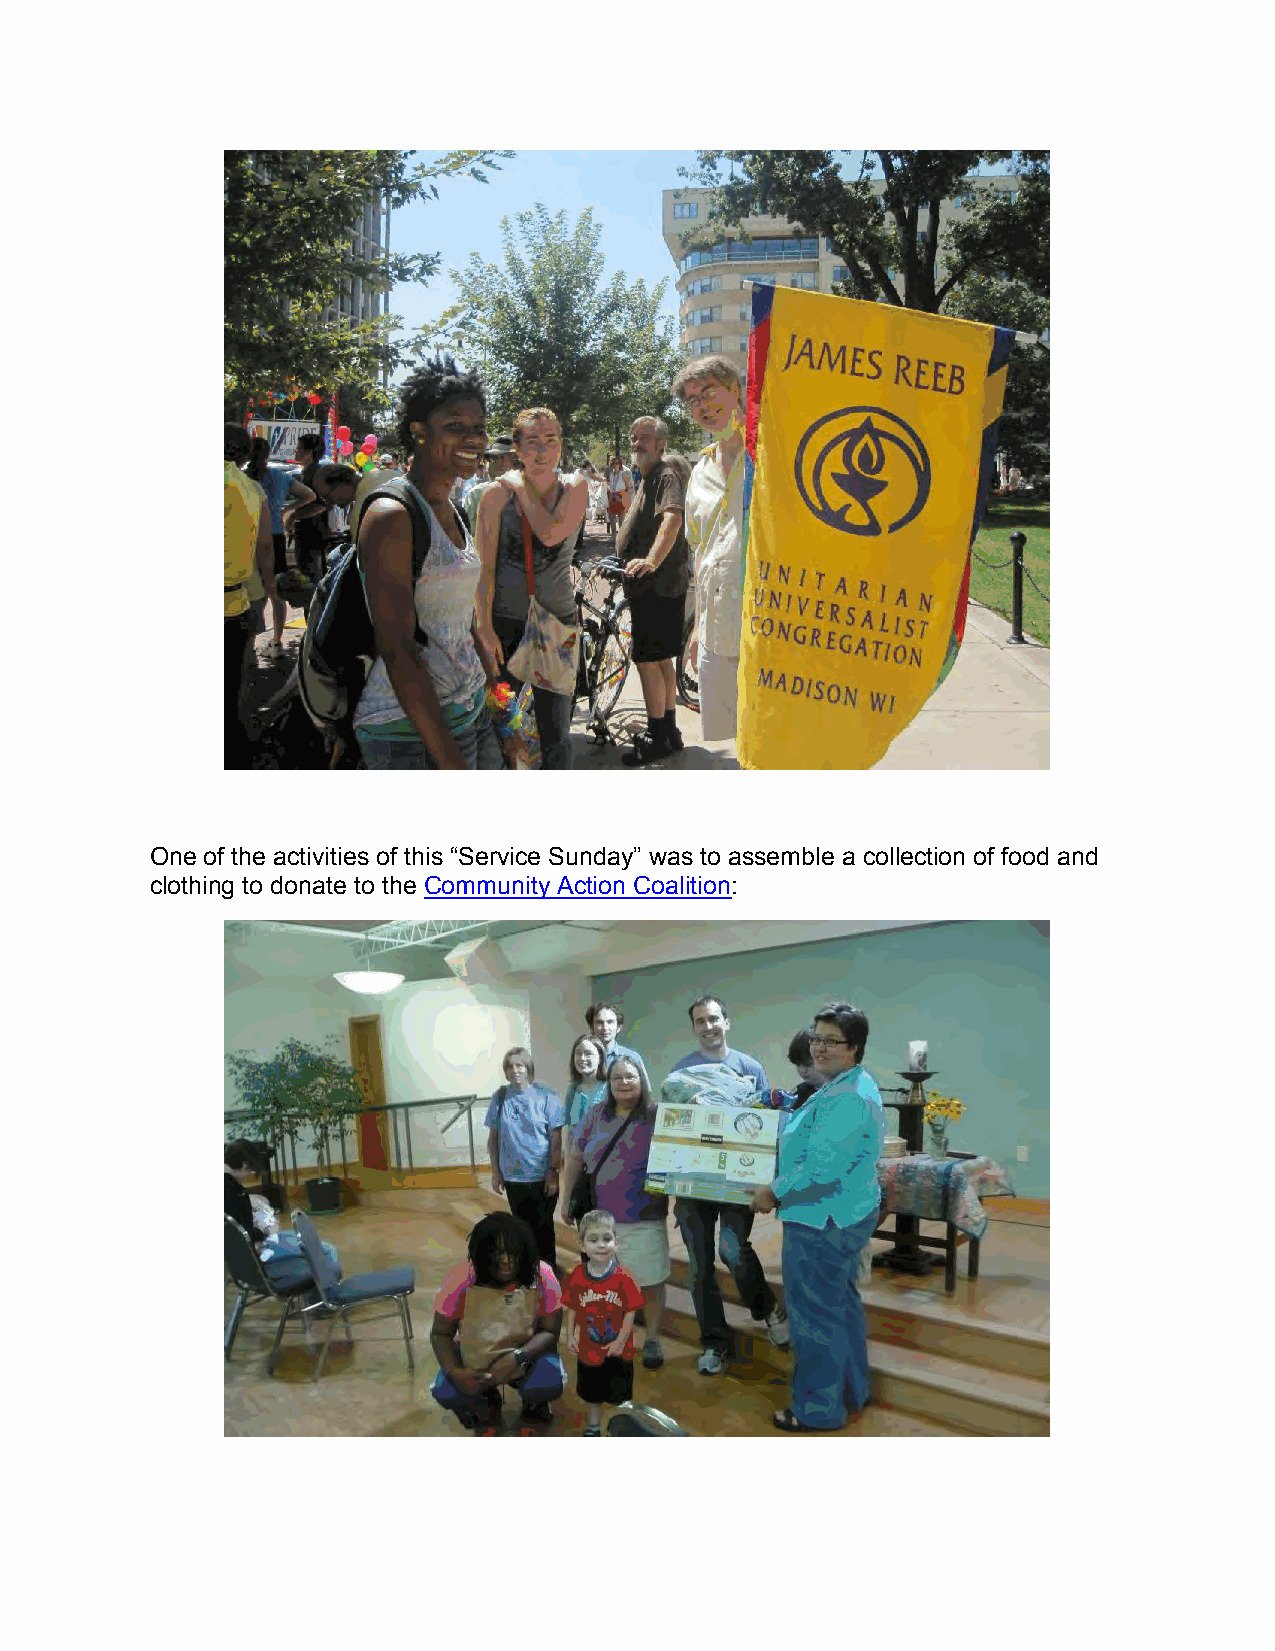
One of the activities of this “Service Sunday” was to assemble a collection of food and
 clothing to donate to the Community Action Coalition: